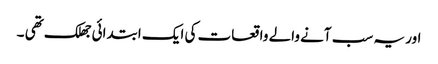
اور یہ سب آنے والے واقعات کی ایک ابتدائی جھلک تھی ۔